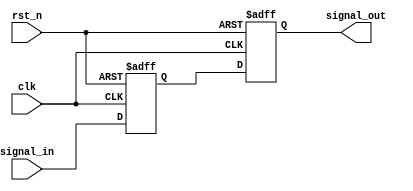
module Delay #(parameter DELAY_TIME = 10) (
    input wire clk,          // Clock signal for synchronization
    input wire rst_n,       // Active low reset
    input wire signal_in,    // Input signal to be delayed
    output reg signal_out    // Delayed output signal
);

    // Internal signal to hold the delayed value
    reg signal_in_delayed;

    // Process to handle the delay
    always @(posedge clk or negedge rst_n) begin
        if (!rst_n) begin
            signal_out <= 1'b0; // Reset output
            signal_in_delayed <= 1'b0; // Reset delayed input
        end else begin
            // Capture the input signal with a delay
            signal_in_delayed <= signal_in;
            // After the specified delay time, update the output
            #DELAY_TIME signal_out <= signal_in_delayed;
        end
    end

endmodule